Annual report of the Madras Medical College
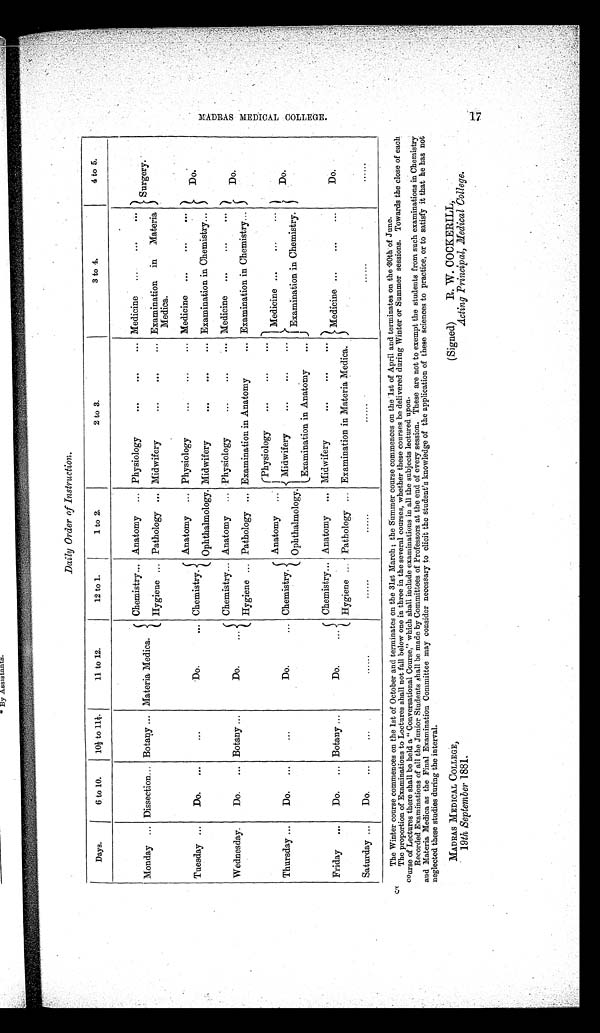
5
Daily Order of Instruction.
Days.
6 to 10.
10½ to 11½.
11 to 12.
12 to 1.
1 to 2.
2 to 3.
3 to 4.
4 to 5.
Monday ... Dissection... Botany ... Materia Medica.
Chemistry... Anatomy
... Physiology
...
...
... Medicine
...
Surgery.
Hygiene ... Pathology ... Midwifery
...
...
... Examination in Materia
Medica.
Tuesday ...
Do.
...
...
Do.
... Chemistry.
Anatomy
... Physiology
...
...
... Medicine
...
...
...
Ophthalmology. Midwifery
...
...
... Examination in Chemistry...
Wednesday.
Do.
... Botany ...
Do.
...
Chemistry... Anatomy
... Physiology
...
...
... Medicine
...
...
...
Do.
Hygiene ... Pathology ... Examination in Anatomy
... Examination in Chemistry...
Thursday ...
Do.
...
...
Do.
... Chemistry.
Anatomy
...
Physiology
...
...
...
Medicine ...
...
...
Midwifery
...
...
...
Examination in Chemistry.
Ophthalmology.
Examination in Anatomy
...
Friday
...
Do.
Botany ...
Do.
Chemistry... Anatomy
... Midwifery
...
...
...
Medicine ...
...
...
Do.
Hygiene ... Pathology ... Examination in Materia Medica.
Saturday ...
Do.
...
...
......
......
....
......
. . . . . .
......
The Winter course commences on the 1st of October and terminates on the 31st March ; the Simmer course commences on the 1st of April and terminates on the-30th of June.
The proportion of Examinations to Lectures shall not fall below one in three in the several courses, whether these courses be delivered during Winter or Summer sessions. Towards the close of each
course of Lectures there shall be held a " Conversational Course, " which shall include examinations in all the subjects lectured upon.
Recorded Examinations of all the Junior Students shall be made by Committees of Professors at the end of every session. These are not to exempt the students from such examinations in Chemistry
and Materia Medica as the Final Examination Committee may consider necessary to elicit the student's knowledge of the application of these sciences to practice, or to satisfy it that he has not
neglected these studies during the interval.
MADRAS MEDICAL COLLEGE,
(Signed)
R. W. COCKERILL,
19th September 1881.
Acting Principal, Medical College.
M A D R A S M E D I C A L C O L L E G E .
17